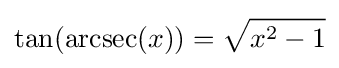
\tan(\operatorname {arcsec} (x))={\sqrt {x^{2}-1}}